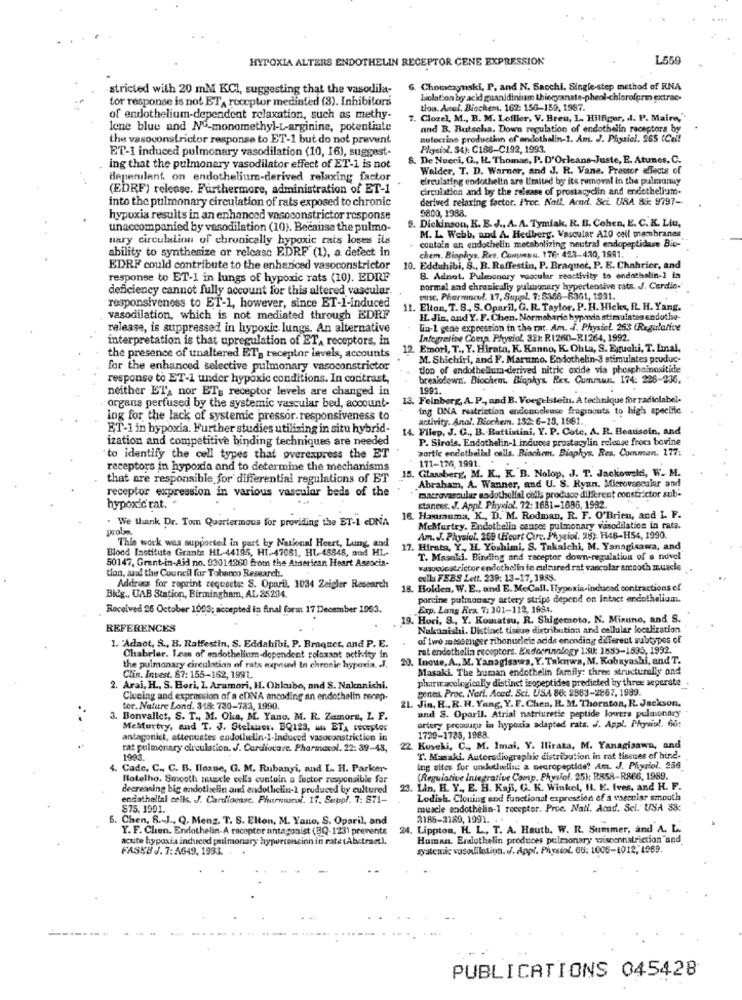
HYPOXIA ALTERS ENDOTHELIN RECEPTOR CENE EXPRESSION
L559
stricted with 20 mM KCI, suggesting that the vasodila-
Chomczynski, P, and N. Sacchi. Single-step method of RNA
tor response is not ET, receptor mediated (8). Inhibitors
Lilation by acid guanidinium thiocyanate-phenl-chloroform extrac-
tion. Anal. Biochem, 162: 156-159, 1987.
of endothelium-dependent relaxation, such as methy-
7. Closel, M ., B. M. Loffler, V. Breu, I. Hilfiger, . l. P. Maine,'
lene blue and No-monomethyl-L-arginine, potentiate
and B. Rutscha. Down regulation of endothelin receptors by
the vasoconstrictor response to ET-1 but do not prevent
notectino production of endothelin-1. Am. J. Physiel. 265 (Cel!
ET-1 induced pulmonary vasodilation (10, 16), suggest-
Physiol. 34): C188-C192, 1993.
8. De Nueci, G ., H. Thomas, P. D'Orleans-Juste, E. Atunes. C.
ing that the pulmonary vasodilator effect of ET-1 is not
Walder, T. D. Warner, and J. R. Vane. Pressor effects of
depenilent on endothelium-derived relaxing factor
elreulating endothelin are limited by its removal in the pulmonuy
(EDRF) release. Furthermore, administration of ET-1
circulation and by the release of prostacyclin and endothelium.
into the pulmonary circulation of rats exposed to chronic
derived relaxing factor. Proc. Nail, Arnd. Sci. URA 86: 9797-
9800,1988.
hypoxia results in an enhanced vasoconstrictor response
. Dickinson, K. E. J ., A. A. Tymiak, R. B. Cohen, E. C.K. Liu,
unaccompanied by vasodilation (10). Because the pulmo-
M. L. Webb, and A. Hedberg. Vascular A10 cell membranes
nary circulalion of chronically hypoxic rais loses ils
ability to synthesize or relcasc EDRF (1), a defect in
chem. Biophys. Res. Commou. 176: 423-430, 1991.
contain an endothelin metabolizing neutral endopaptidase Bio-
EDRE could contribute to the enhariced vasoconstrictor
10. Edduhibi, S ., B. Raffestin, P. Braquet, P. E. Chahrier, and
response to ET-1 in lungs of hypoxic rats (10). EDIF
8. Adnot. Pulmonary vascular reactivity to endothelin-1 in
deficiency cannot fully account for this altered vascular.
normal and chronically pulmonary hypertensive rats. J. Cardin-
tusc. Pharmacol. 17, Suppl. 7: $358-6361, 1931.
responsiveness to ET-1, however, since ET-1-induced
. Elton, T.S ., S. Oparil, G. R. Taylor. P. H. Hicks, IL H. Yang.
vasodilation, which is not mediated through EDRF
H. Jin, and Y. F. Chen. Normebaric hypoda stimulates endothe-
release, is suppressed in hypoxie lungs, An alternative
Lin-1 gene expression in the rat. Am. J. Physiel 263 (Regulafive
interpretation is that upregulation of ET, receptors, in
Integrative Comp. Physiol. 321: RI260-R1264, 1992.
12. Emori, T ., Y. Hirata, K. Kanno, K. OhLa, S. Eguchi, T. Linal.
the presence of unaltered ET- receptor levels, accounts
M. Shichiri, and F. Marumo. Endothelin-3 stimulates produc-
for the enhanced selective pulmonary vasoconstrictor
tion of endothelluma -derived nitric oxide via phosphoinositide
response to ET-1 under hypoxic conditions. In contrast,
breakdown. Biochem. Biophys. Rex. Cummun. 174: 226-236.
neither ETA nor ET- receptor levels are changed in
1991.
13. Feinberg, A. P ., and B. Voegelstein. A technique for radiolabel.
organs perfused by the systemic vascular bed, account-
ing ONA restriction endonucleuse fragments to high specific
Ing for the lack of systemic pressor. responsiveness to
activity. Anal. Biochem. 152: 6-13. 1981.
ET-1 in hypoxia. Further studies utilizing in situ hybrid-
14. Filep, J. G ., B. Battistini, Y. P. Cote, A. R. Beauisoin, and
ization and competitive binding techniques are needed
P. Sirois. Endothelin-1 induces prostucylin release from bovine
portic endothelial calls. Biochem. Biophys. Res. Comman. 177:
"to identify the cell types that overexpress the ET
receptors in hypoxia and to determine the mechanisms
15. Glassberg, M. K ., K. B. Nolop, J. T. Jackowski, W. M.
171-174, 1991.
that are responsible for differential regulations of ET
Abraham, A. Wanner, and U. S. Ryan. Microvascular and
receptor expression in various vascular beds of the
hypoxic rat. .
macrovarculuz aodothelial cells produce different constrictor sub-
stances. J. Appl. Physiol. 72: 1681-1696, 1992.
. We thank Dr. Tom Quartermous for providing the ET-1 eDNA
16. Hamuruma, K ., D. M. Rodman, R. F. O'Brien, and L. F.
MeMurtry, Endothelin causes pulmonary vasodilation in rats.
Am. J. Physiol. 259 (Hoort Circ. Physiol. 28): 148-H54, 1990.
Blood Institute Grants HL-44195, HI .- 47081, HL 45848, and HL.
This work was supported in part by National Heert, Lung, and
17. Hirata, Y, IL Yoshimi, S. Takalchi, M. Yanagisawa, and
50147, Grant-in-Aid no. 93014260 from the American Heart Associa-
T. Masali. Binding and receptor down-regulation of a novel
tion, and the Council for Tobanco Research.
vasoconstrictor endothelin in cultured rat vascular smooth muscle
cull FEBS Lett. 239: 13-17, 1988.
Address for roprint requests: S. Oparil, 1034 Zeigler Research
18. Holden, W.E ., and E. MeCall. Flypexia-induced contractions of
Bidg ., UAB Station, Birmingham, AL. 35294.
porcine pulmonary artery strips depend on intact endotheliam.
Received 26 October 1993; accepted in final form 17 December 1993.
Erp. Lang Rex. 7: 301-112, 1934.
19. Hori, 9 ., Y. Komatsu, R. Shigemoto, N. Mizuno, and S.
REFERENCES
Nakanishi. Distinet tiseue distribution and cellular localization
of two soessenger ribonucleic acids enending diTerent subtypes of
1. "Adaot, S ., B. Ratfestin, S. Eddahibi. P. Braquet, and P. E.
rat endothelin receptors. Endocrinology 1:1: 1855-1595, 1992.
Chabrier. Izas of endothelinm-dependent relaxant acthity in
20. Inoue, A ., M. Yanagisawa, Y. Takurwa, M. Kobayashi, and T.
the pulmonary circulation of rats axpeud In chronic hypoxia. J.
Masaki. The human endothelin family: three structurally and
Clin. Invest. 67: 155-162, 1991.
pharmacologieally distinct isopeptides predicted by three seperate -
2. Arai, H ., S. Hori, Z. Aramori, H. Ohkubo, and 8. Nakanishi.
genes. Proc. Ner !. Acad. Sci. USA 86: 2563-2867, 1999.
Clucing and expression of a cDNA encoding an endothelin recep-
21. Jin, H. R.H. Yang, Y.E. Chen, R. M. Thornton, R. Jackson.
tor. Nature Lond. 318: 730-782, 1990.
and S. Oparil. Atrial natriuretie peptide lowers pulmonary
3. Bonvallet, S. T ., M. Oka, M. Yane. M. R. Zamore, L. F.
artery proouru la hypoxia adapted rats. J. Appl. Physio !. 66:
MeMfurtty, and T. J. Stelauer. BQ123, una ETA FOVERLOK
antagonist, attenuates endothelin-1-Induced vasoconstriction in
1729-1735, 1988.
tat pulmonary circulation. J. Cardiocare. Pharmacol. 22: 39-43,
22 Kuseki, C ., M. Imai, Y. Ilirata, M. Yanagisawa, and
1993.
T. Masaki, Autoradiographic distribution in rat tissues of hind-
4. Cade, C ., C. B. Iloxue, G. M. Rubanyi, and L. H. Parker-
ing sites for undutlwliss a neuropeptide? Am. J. Phyriol. 256
Hotelho. Smooth muscle cells cuntuin a factor responsible for
(Reguiative Integrative Comp. Physiol. 25): R858-R866, 1989.
decreasing big endothelin and endotlichin-1 produced by cultured
3. Lin, H. Y ., E. H. KaB, G. K. Winkel, H. E. Ives, and H. F.
endathelial cells. J. Cardiovase. Pharnurol. 17. Suppl. 7: 571-
Lodish. Cloning and functional expression of a vascular smouth
S75. 1991.
muscle endothelin-1 receptor. Proe. Nail. Acad. Sci. USA 88:
6. Chen, S.J ., Q. Meng. T. S. Elton, M. Yano, S. Oparil, and
2185-2189, 1991.
Y. F. Chen. Endothelin-A receptor antagonist (BQ-123) prevents
24. Lippton, H. L ., T. A. Hauth. W. R. Summer, and A. L.
acute hypoxia induced pulmonary hyperconcion in rate (Abstract).
Human. Eniothelin produces pulmonary wisconstriction and.
FASEB J. 7: A649, 1993.
systemic vasodilation. J. Appl. Picsiol. 60: 1005-1012, 1969.
PUBLICATIONS 045428